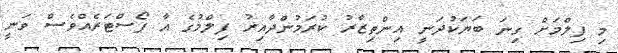
މި ފިލްމަށް ގިނަ ބަޔަކުދަނީ އިންތިޒާރު ކުރަމުންދާއިރު ފިލްމުގެ އާ ޕޯސްޓަރެއްވެސް ވަނީ